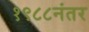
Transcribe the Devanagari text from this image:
१९८८नंतर